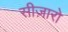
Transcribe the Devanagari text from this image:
सीज़ारो